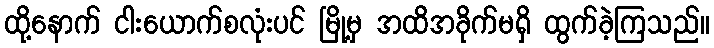
ထို့နောက် ငါးယောက်စလုံးပင် မြို့မှ အထိအခိုက်မရှိ ထွက်ခဲ့ကြသည်။